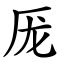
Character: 厐